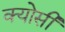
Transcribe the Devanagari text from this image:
क्योसी